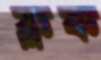
ফ্লক